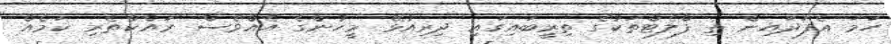
ހަމަ އެފަދައިން ތި ފްލެޓްތަކުގެ ތިރީބައިގައި ދިރިއުޅޭ މީހުންގެ އެއްވެސް ރައްކާތެރި ކަމެއް